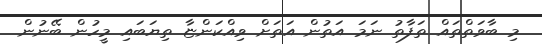
މި ބާވަތްތައް ތަފާތު ނަމަ އަތުން އަތަށް ވިއްކަންޏާ ތިޔަބައި މީހުން ބޭނުން